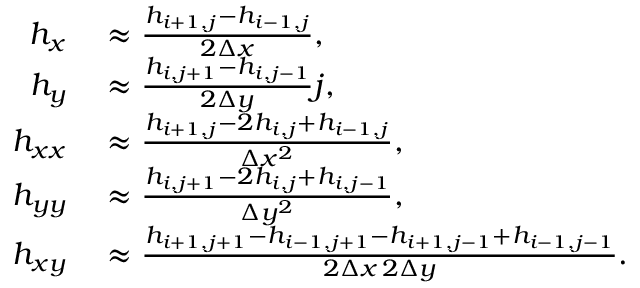
\begin{array} { r l } { h _ { x } } & { { } \approx \frac { h _ { i + 1 , j } - h _ { i - 1 , j } } { 2 \Delta x } , } \\ { h _ { y } } & { { } \approx \frac { h _ { i , j + 1 } - h _ { i , j - 1 } } { 2 \Delta y } j , } \\ { h _ { x x } } & { { } \approx \frac { h _ { i + 1 , j } - 2 h _ { i , j } + h _ { i - 1 , j } } { \Delta x ^ { 2 } } , } \\ { h _ { y y } } & { { } \approx \frac { h _ { i , j + 1 } - 2 h _ { i , j } + h _ { i , j - 1 } } { \Delta y ^ { 2 } } , } \\ { h _ { x y } } & { { } \approx \frac { h _ { i + 1 , j + 1 } - h _ { i - 1 , j + 1 } - h _ { i + 1 , j - 1 } + h _ { i - 1 , j - 1 } } { 2 \Delta x \, 2 \Delta y } . } \end{array}